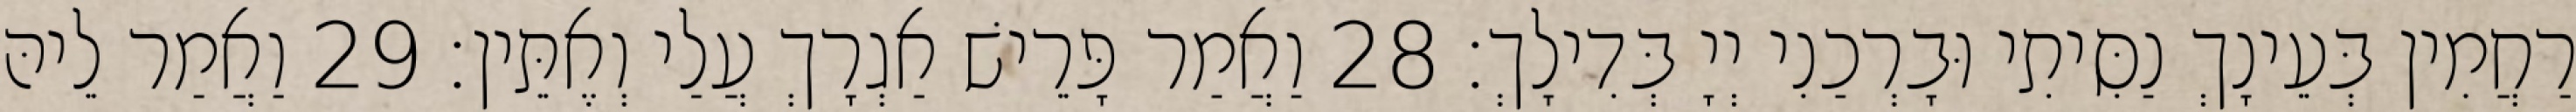
רַחֲמִין בְּעֵינָךְ נַסִּיתִי וּבָרְכַנִי יְיָ בְּדִילָךְ׃ 28 וַאֲמַר פָּרֵישׁ אַגְרָךְ עֲלַי וְאֶתֵּין׃ 29 וַאֲמַר לֵיהּ